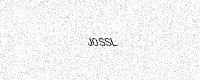
Text: J0SSL